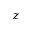
z